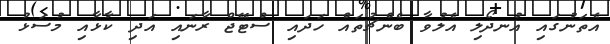
އެތަނުގައި އުނދޯލި އެލުވާ ބެންޗުތައް ހަދައި ސްޓޭޖް ރާނައި އަދި ކާޅާއި މުސަޅު